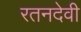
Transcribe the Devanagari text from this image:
रतनदेवी